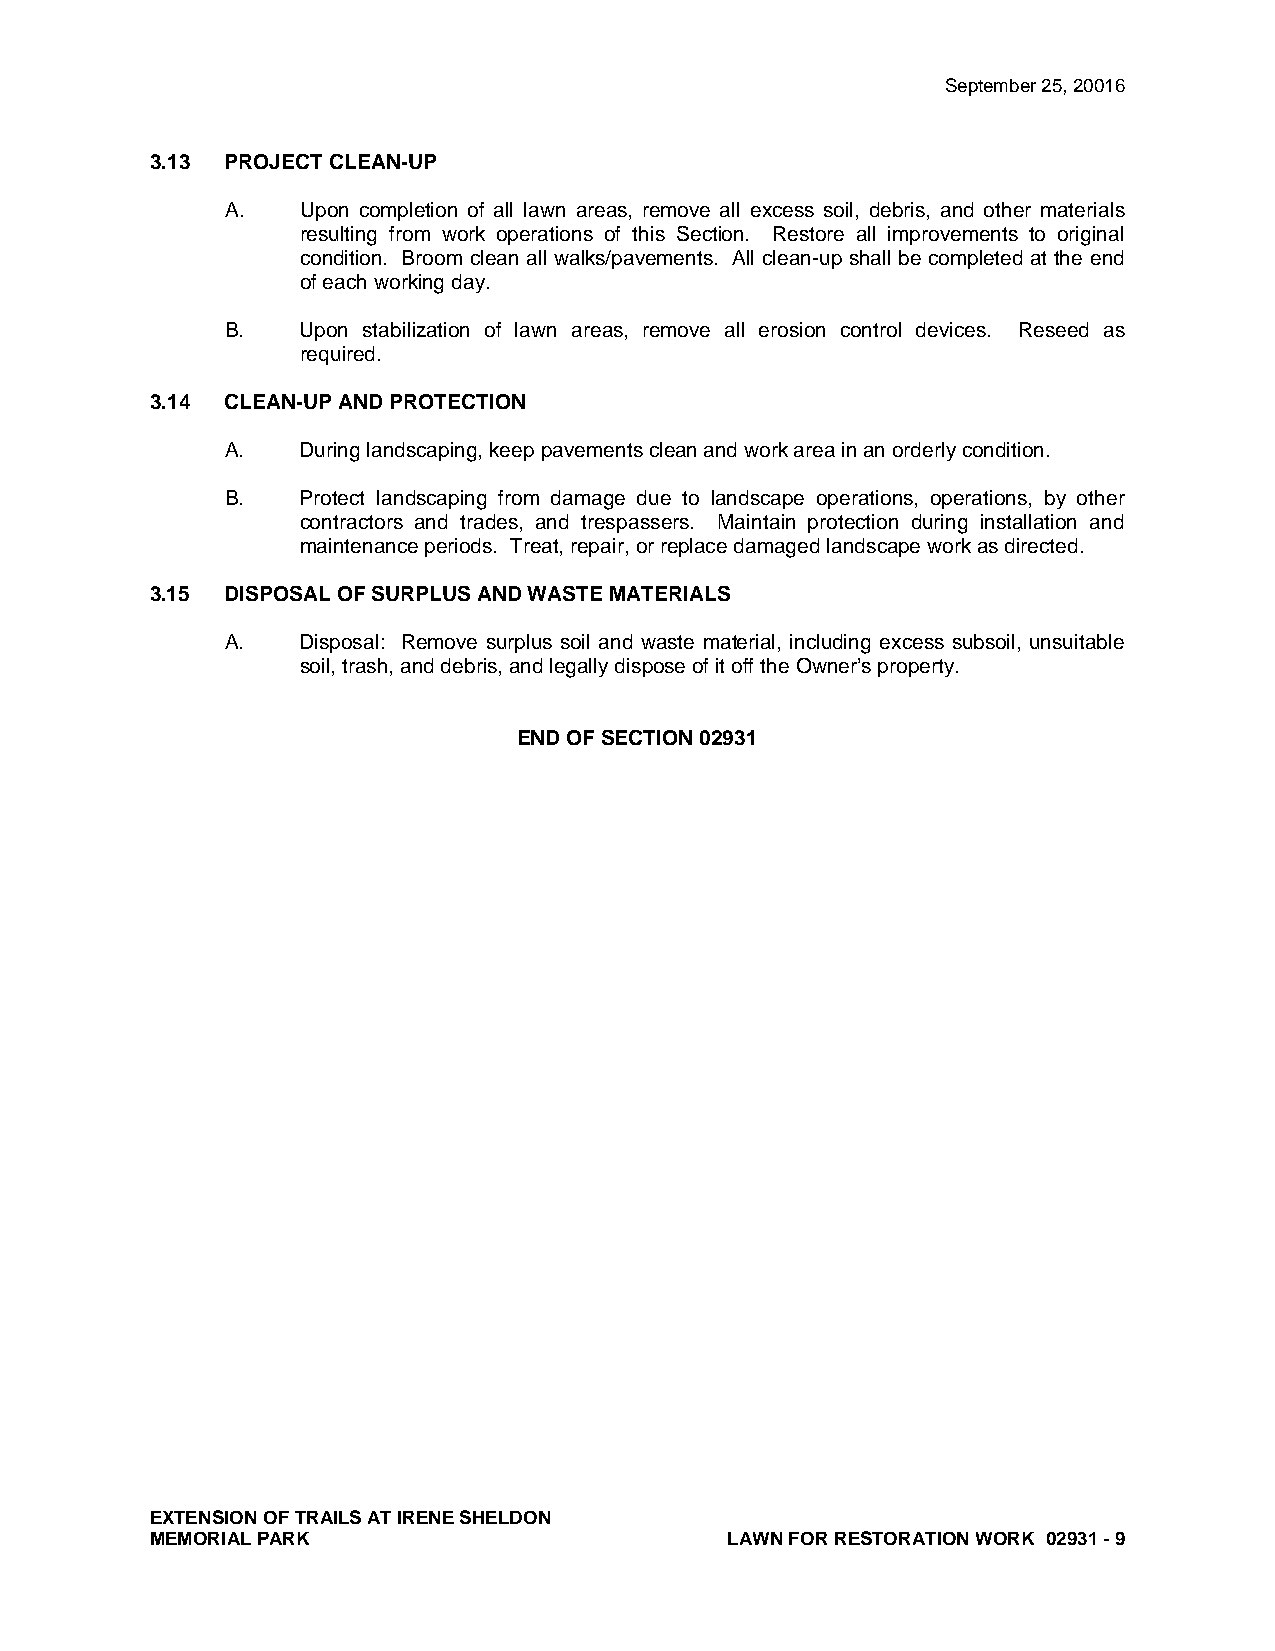
September 25, 20016
 3.13 PROJECT CLEAN-UP
 A.   Upon completion of all lawn areas, remove all excess soil, debris, and other materials
 resulting from work operations of this Section. Restore all improvements to original
 condition. Broom clean all walks/pavements. All clean-up shall be completed at the end
 of each working day.
 B.   Upon stabilization of lawn areas, remove all erosion control devices. Reseed as
 required.
 3.14 CLEAN-UP AND PROTECTION
 A.   During landscaping, keep pavements clean and work area in an orderly condition.
 B.   Protect landscaping from damage due to landscape operations, operations, by other
 contractors and trades, and trespassers. Maintain protection during installation and
 maintenance periods. Treat, repair, or replace damaged landscape work as directed.
 3.15 DISPOSAL OF SURPLUS AND WASTE MATERIALS
 A.   Disposal: Remove surplus soil and waste material, including excess subsoil, unsuitable
 soil, trash, and debris, and legally dispose of it off the Owner’s property.
 END OF SECTION 02931
 EXTENSION OF TRAILS AT IRENE SHELDON
 MEMORIAL PARK                         LAWN FOR RESTORATION WORK 02931 - 9